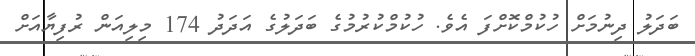
ބަދަލު ދިނުމަށް ހުކުމްކޮށްފަ އެވެ. ހުކުމްކުރުމުގެ ބަދަލުގެ އަދަދު 174 މިލިއަން ރުފިޔާއަށް